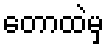
တောထဲမှ